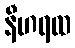
နီဟရထ